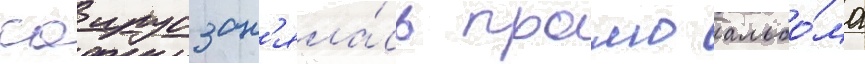
саирус зан'яла́сь промо альбо́ма